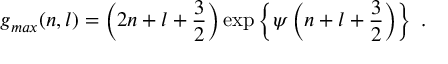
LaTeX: g _ { m a x } ( n , l ) = \left( 2 n + l + \frac { 3 } { 2 } \right) \exp \left\{ \psi \left( n + l + \frac { 3 } { 2 } \right) \right\} \; .